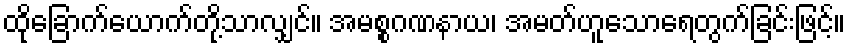
ထိုခြောက်ယောက်တို့သာလျှင်။ အမစ္စဂဏနာယ၊ အမတ်ဟူသောရေတွက်ခြင်းဖြင့်။